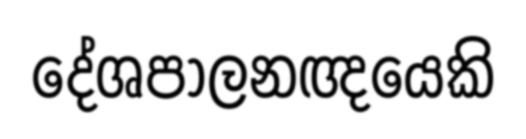
දේශපාලනඥයෙකි